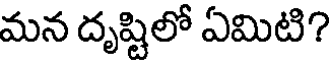
మన దృష్టిలో ఏమిటి?